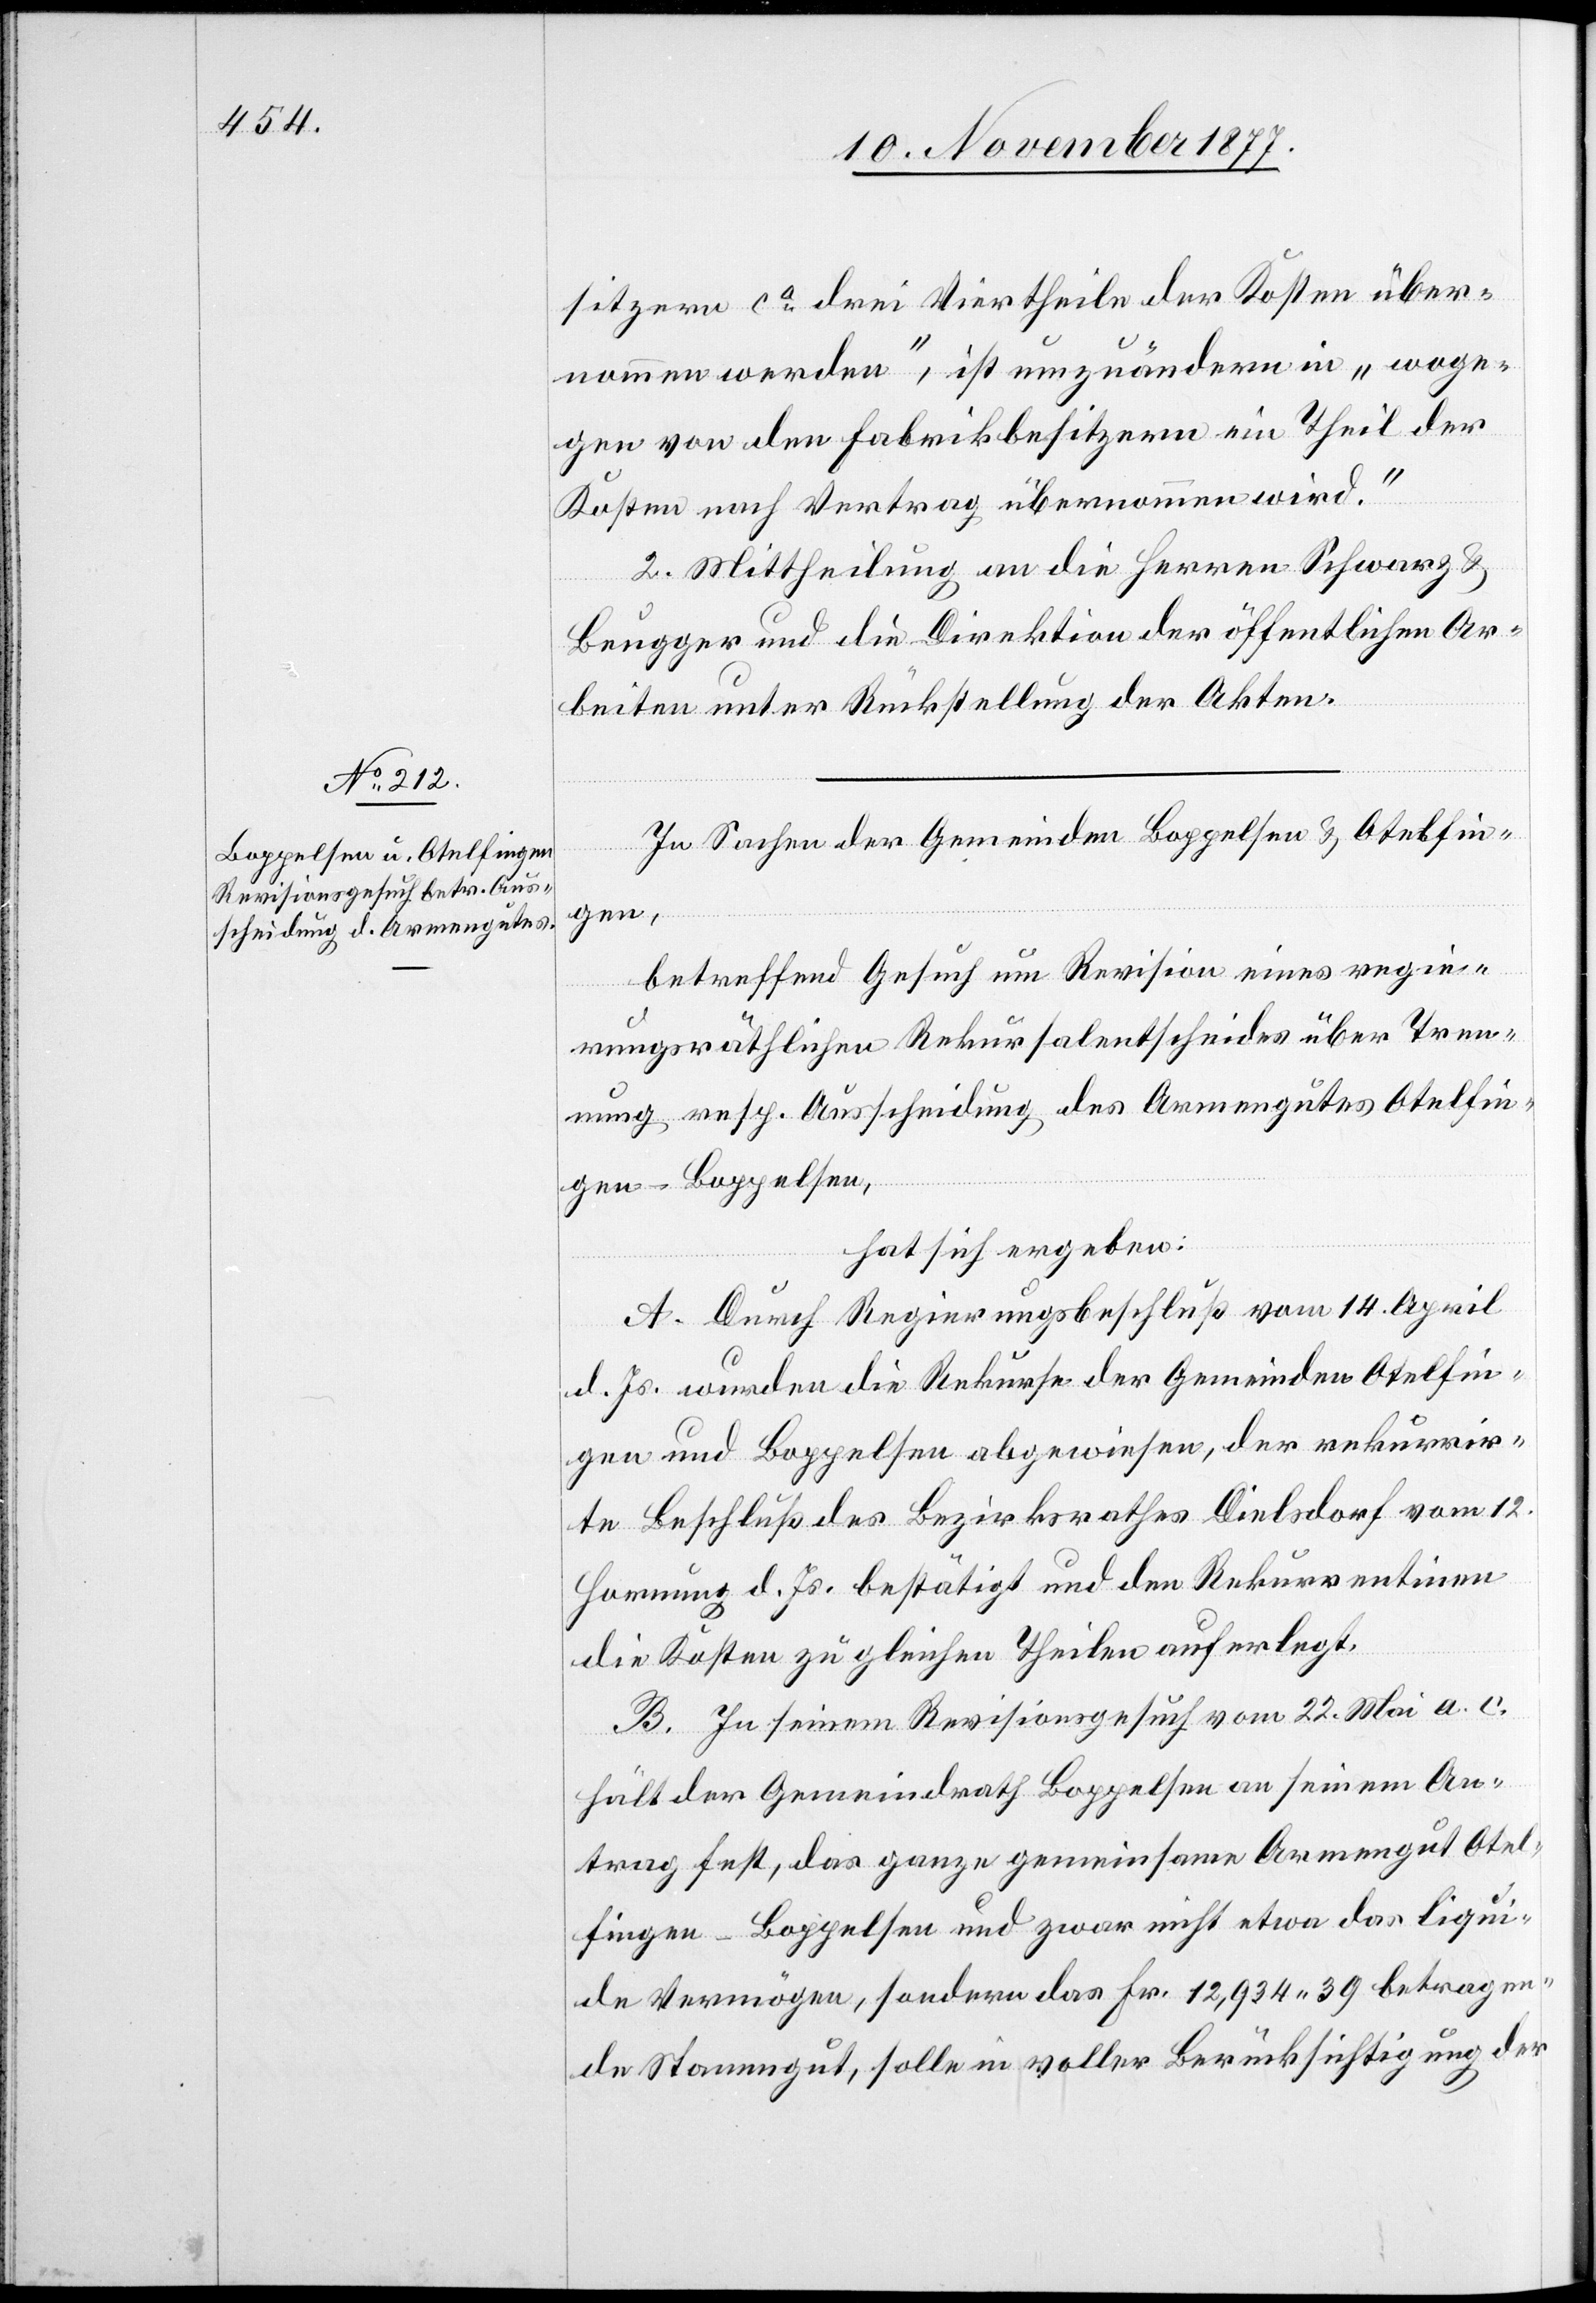
sitzern ca drei Viertheile der Kosten über¬
nommen werden“, ist umzuändern in „woge¬
gen von den Fabrikbesitzern ein Theil der
Kosten nach Vertrag übernommen wird.“
2. Mittheilung an die Herren Schwarz &
Beugger und die Direktion der öffentlichen Ar¬
beiten unter Rückstellung der Akten.
In Sachen der Gemeinden Boppelsen & Otelfin¬
gen,
betreffend Gesuch um Revision eines regie¬
rungsräthlichen Rekursalentscheides über Tren¬
nung resp. Ausscheidung des Armengutes Otelfin¬
gen-Boppelsen,
hat sich ergeben:
A. Durch Regierungsbeschluß vom 14. April
d. Js. wurden die Rekurse der Gemeinden Otelfin¬
gen und Boppelsen abgewiesen, der rekurrir¬
te Beschluß des Bezirksrathes Dielsdorf vom 12.
Hornung d. Js. bestätigt und den Rekurrentin[n]en
die Kosten zu gleichen Theilen auferlegt.
B. In seinem Revisionsgesuch vom 22. Mai a. c.
hält der Gemeindrath Boppelsen an seinem An¬
trag fest, das ganze gemeinsame Armengut Otel¬
fingen-Boppelsen und zwar nicht etwa das liqui¬
de Vermögen, sondern das Fr. 12,934 39 betragen¬
de Stammgut, solle in voller Berücksichtigung der